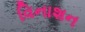
વિનાશન